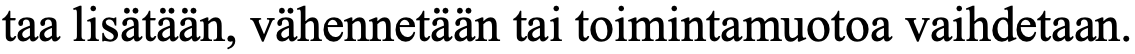
taa lisätään, vähennetään tai toimintamuotoa vaihdetaan.